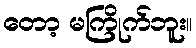
တော့ မကြိုက်ဘူး။